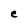
Character: e